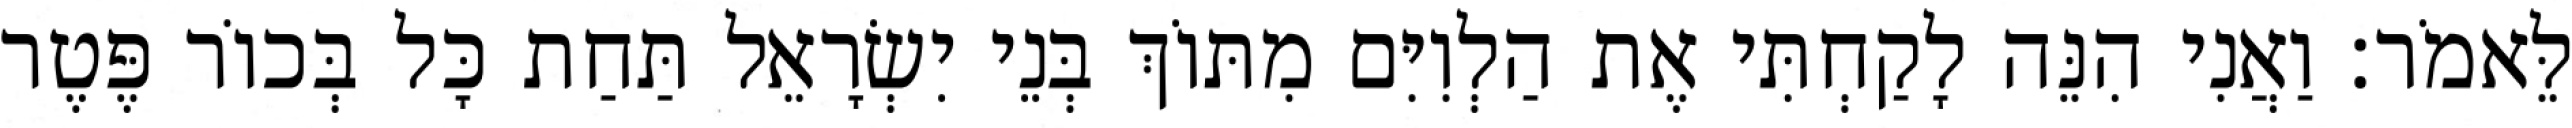
לֵּאמֹר׃ וַאֲנִי הִנֵּה לָקַחְתִּי אֶת הַלְוִיִּם מִתּוֹךְ בְּנֵי יִשְׂרָאֵל תַּחַת כָּל בְּכוֹר פֶּטֶר